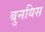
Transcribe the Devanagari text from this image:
बुनयिस